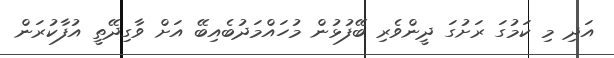
އަދި މި ކަމުގަ ރަށުގަ ދީންވެރި ބޭފުޅުން މުހައްމަދުބެއިބޭ އަށް ވާގިދޭތީ އުފާކުރަން